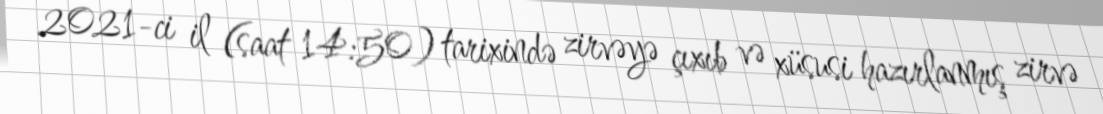
2021-ci il (saat 14:50) tarixində zirvəyə çıxıb və xüsusi hazırlanmış zirvə